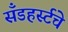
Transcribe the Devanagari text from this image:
सँडहर्स्टचे